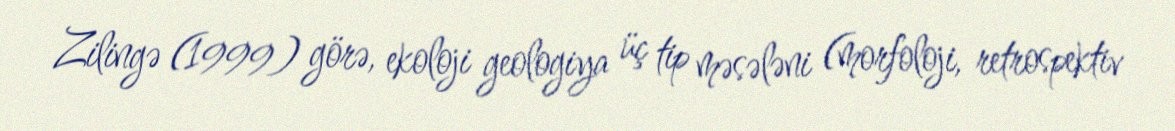
Zilingə (1999) görə, ekoloji geologiya üç tip məsələni (morfoloji, retrospektiv